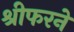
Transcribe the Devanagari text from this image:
श्रीफरने